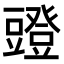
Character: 𧰐